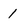
Character: I